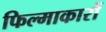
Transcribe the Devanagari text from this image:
फिल्माकारों